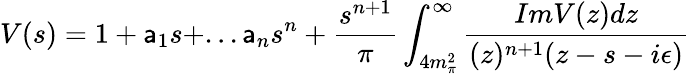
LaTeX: V(s)=1+\mathsf{a}_{1}s+...\mathsf{a}_{n}s^{n}+\frac{{s^{n+1}}}{{\pi}}\int_{4m_{\pi}^{2}}^{\infty}\frac{{ImV(z)dz}}{{(z)^{n+1}(z-s-i\epsilon)}}